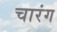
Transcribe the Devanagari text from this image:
चारंग